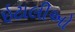
ઇટાલીઓ